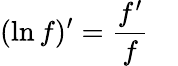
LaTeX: (\ln f)^{\prime}={\frac{f^{\prime}}{f}}\quad